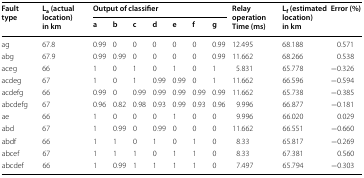
<table><thead><tr><td rowspan="2"><b>Fault type</b></td><td rowspan="2"><b>L<sub>a</sub> (actual location) in km</b></td><td colspan="7"><b>Output of classifier</b></td><td rowspan="2"><b>Relay operation Time (ms)</b></td><td rowspan="2"><b>L<sub>f</sub> (estimated location) in km</b></td><td rowspan="2"><b>Error (%)</b></td></tr><tr><td><b>a</b></td><td><b>b</b></td><td><b>c</b></td><td><b>d</b></td><td><b>e</b></td><td><b>f</b></td><td><b>g</b></td></tr></thead><tbody><tr><td>ag</td><td>67.8</td><td>0.99</td><td>0</td><td>0</td><td>0</td><td>0</td><td>0</td><td>0.99</td><td>12.495</td><td>68.188</td><td>0.571</td></tr><tr><td>abg</td><td>67.9</td><td>0.99</td><td>0.99</td><td>0</td><td>0</td><td>0</td><td>0</td><td>0.99</td><td>11.662</td><td>68.266</td><td>0.538</td></tr><tr><td>aceg</td><td>66</td><td>1</td><td>0</td><td>1</td><td>0</td><td>1</td><td>0</td><td>1</td><td>5.831</td><td>65.778</td><td>−0.326</td></tr><tr><td>acdeg</td><td>67</td><td>1</td><td>0</td><td>1</td><td>0.99</td><td>0.99</td><td>0</td><td>1</td><td>11.662</td><td>66.596</td><td>−0.594</td></tr><tr><td>acdefg</td><td>66</td><td>0.99</td><td>0</td><td>0.99</td><td>0.99</td><td>0.99</td><td>0.99</td><td>0.99</td><td>11.662</td><td>65.738</td><td>−0.385</td></tr><tr><td>abcdefg</td><td>67</td><td>0.96</td><td>0.82</td><td>0.98</td><td>0.93</td><td>0.99</td><td>0.93</td><td>0.96</td><td>9.996</td><td>66.877</td><td>−0.181</td></tr><tr><td>ae</td><td>66</td><td>1</td><td>0</td><td>0</td><td>0</td><td>1</td><td>0</td><td>0</td><td>9.996</td><td>66.020</td><td>0.029</td></tr><tr><td>abd</td><td>67</td><td>1</td><td>0.99</td><td>0</td><td>0.99</td><td>0</td><td>0</td><td>0</td><td>11.662</td><td>66.551</td><td>−0.660</td></tr><tr><td>abdf</td><td>66</td><td>1</td><td>1</td><td>0</td><td>1</td><td>0</td><td>1</td><td>0</td><td>8.33</td><td>65.817</td><td>−0.269</td></tr><tr><td>abcef</td><td>67</td><td>1</td><td>1</td><td>1</td><td>0</td><td>1</td><td>1</td><td>0</td><td>8.33</td><td>67.381</td><td>0.560</td></tr><tr><td>abcdef</td><td>66</td><td>1</td><td>0.99</td><td>1</td><td>1</td><td>1</td><td>1</td><td>0</td><td>7.497</td><td>65.794</td><td>−0.303</td></tr></tbody></table>